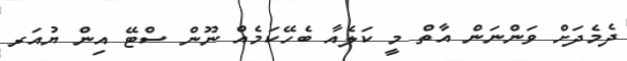
ދެމެދަށް ވަންނަން އާތް މީ ކަލެއާ ބެހޭކަމެެއް ނޫން ސްޓޭ އިން ޔުއަރ